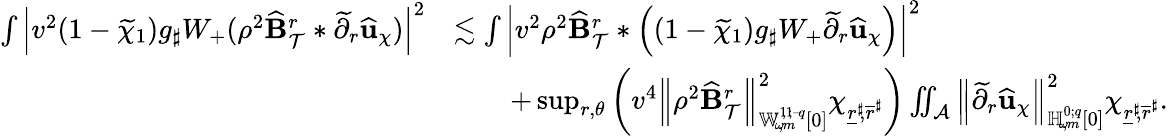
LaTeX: \begin{array}{rl}{\int\left|v^{2}(1-\widetilde{\chi}_{1})g_{\sharp}W_{+}(\rho^{2}\widehat{\mathbf{B}}_{\mathcal{T}}^{r}*\widetilde{\partial}_{r}\widehat{\mathbf{u}}_{\chi})\right|^{2}}&{\lesssim\int\left|v^{2}\rho^{2}\widehat{\mathbf{B}}_{\mathcal{T}}^{r}*\left((1-\widetilde{\chi}_{1})g_{\sharp}W_{+}\widetilde{\partial}_{r}\widehat{\mathbf{u}}_{\chi}\right)\right|^{2}}\\ &{\qquad+\operatorname*{sup}_{r,\theta}\left(v^{4}\left\lVert\rho^{2}\widehat{\mathbf{B}}_{\mathcal{T}}^{r}\right\rVert_{{\mathbb{W}_{\! \omega\! ,m}^{1\! ,1\! ;{-\! q}}}[0]}^{2}\chi_{\underline{{r}}^{\sharp}\! ,\overline{{r}}^{\sharp}}\right)\iint_{\mathcal{A}}\left\lVert\widetilde{\partial}_{r}\widehat{\mathbf{u}}_{\chi}\right\rVert_{{\mathbb{H}_{\! \omega\! ,m}^{0;{q}}}[0]}^{2}\chi_{\underline{{r}}^{\sharp}\! ,\overline{{r}}^{\sharp}}.}\end{array}